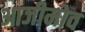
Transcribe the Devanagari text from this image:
आजीमोव